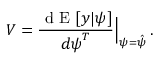
V = \frac { \mathrm { ~ d ~ E ~ } [ \boldsymbol { y } | \boldsymbol { \psi } ] } { d \boldsymbol { \psi } ^ { T } } \Bigr | _ { { \boldsymbol { \psi } } = { \hat { \boldsymbol { \psi } } } } \, .